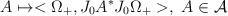
LaTeX: \begin{align*}A\mapsto <\Omega _{+},J_{0}A^{\ast }J_{0}\Omega _{+}>,\,\,A\in \mathcal{A}\end{align*}